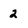
Character: 2